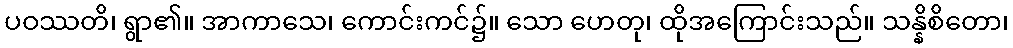
ပဝဿတိ၊ ရွာ၏။ အာကာသေ၊ ကောင်းကင်၌။ သော ဟေတု၊ ထိုအကြောင်းသည်။ သန္နိစိတော၊